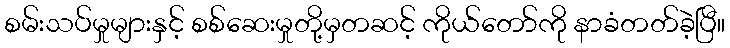
စမ်းသပ်မှုများနှင့် စစ်ဆေးမှုတို့မှတဆင့် ကိုယ်တော်ကို နာခံတတ်ခဲ့ပြီ။